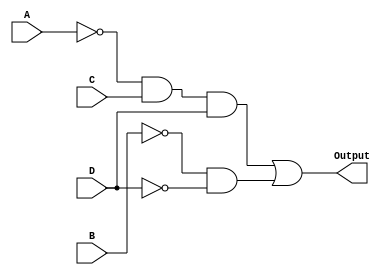
module kmap_comb_logic (
    input wire A,  // Input variable A
    input wire B,  // Input variable B
    input wire C,  // Input variable C
    input wire D,  // Input variable D
    output wire Output  // Output of the combinational logic block
);

// Intermediate signals for the product terms
wire A_not;      // A'
wire B_not;      // B'
wire C_not;      // C'
wire D_not;      // D'
wire term1;      // A'CD
wire term2;      // B'D'

// Invert the inputs
assign A_not = ~A;
assign B_not = ~B;
assign C_not = ~C;
assign D_not = ~D;

// Generate the product terms based on the K-map groups
assign term1 = A_not & C & D;  // A'CD
assign term2 = B_not & D_not;   // B'D'

// Combine the product terms to get the final output
assign Output = term1 | term2;  // Output = A'CD + B'D'

endmodule